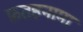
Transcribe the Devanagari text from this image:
फ़तहनामा